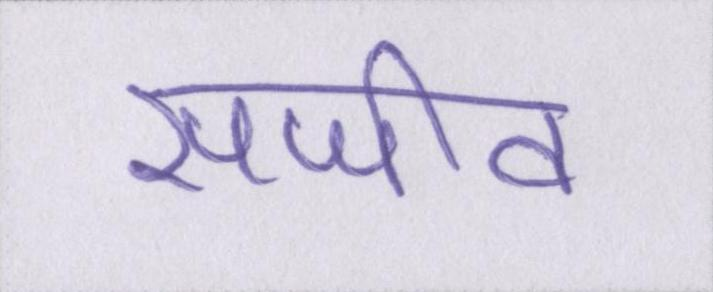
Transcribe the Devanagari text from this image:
सजीव